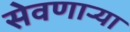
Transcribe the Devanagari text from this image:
सेवणाऱ्या